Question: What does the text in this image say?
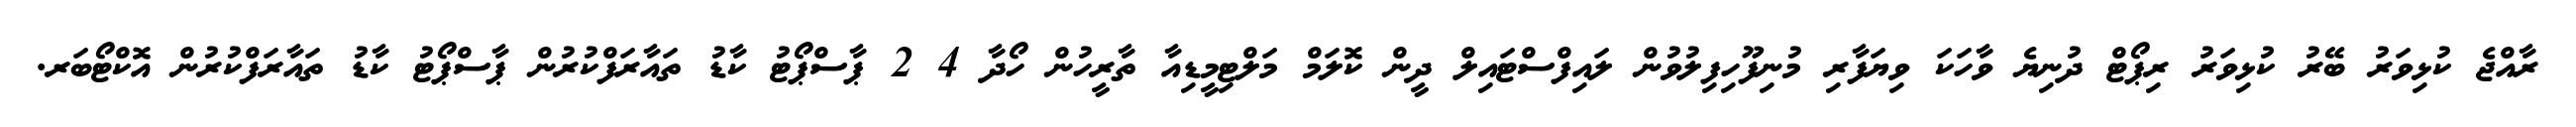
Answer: ރާއްޖެ ކުޅިވަރު ބޭރު ކުޅިވަރު ރިޕޯޓް ދުނިޔެ ވާހަކަ ވިޔަފާރި މުނިފޫހިފިލުވުން ލައިފްސްޓައިލް ދީން ކޮލަމް މަލްޓިމީޑިއާ ތާރީހުން ހޯދާ 4 2 ޕާސްޕޯޓު ކާޑު ތައާރަފްކުރުން ޕާސްޕޯޓު ކާޑު ތައާރަފްކުރުން އޮކްޓޯބަރ.